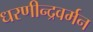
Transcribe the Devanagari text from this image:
धरणीन्द्रवर्मन